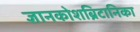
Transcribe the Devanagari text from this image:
ज्ञानकोशब्रिटानिका